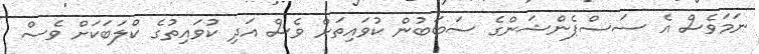
ނަމަވެސް އެ ސަސްޕެންޝަންގެ ސަބަބުން ކުވައިތަށް ވެސް އަދި ކުވައިތުގެ ކްލަބަކަށް ވެސް